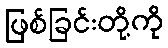
ဖြစ်ခြင်းတို့ကို